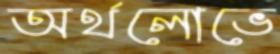
অর্থলোভে